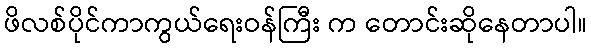
ဖိလစ်ပိုင်ကာကွယ်ရေးဝန်ကြီး က တောင်းဆိုနေတာပါ။